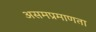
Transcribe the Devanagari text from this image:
असमप्रमाणता